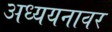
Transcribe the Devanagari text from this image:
अध्ययनावर